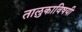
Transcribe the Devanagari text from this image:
तालुकाविषयी